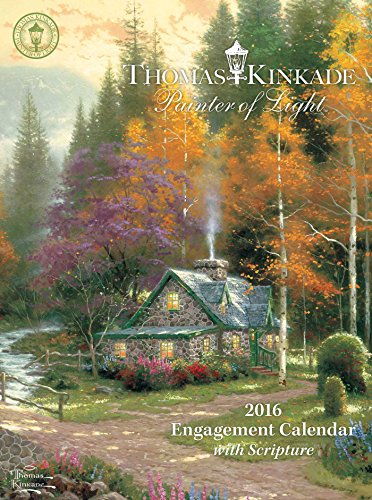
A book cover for Thomas Kinkade Painter of Light with Scripture 2016 Engagement Calendar; Thomas Kinkade; Calendars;